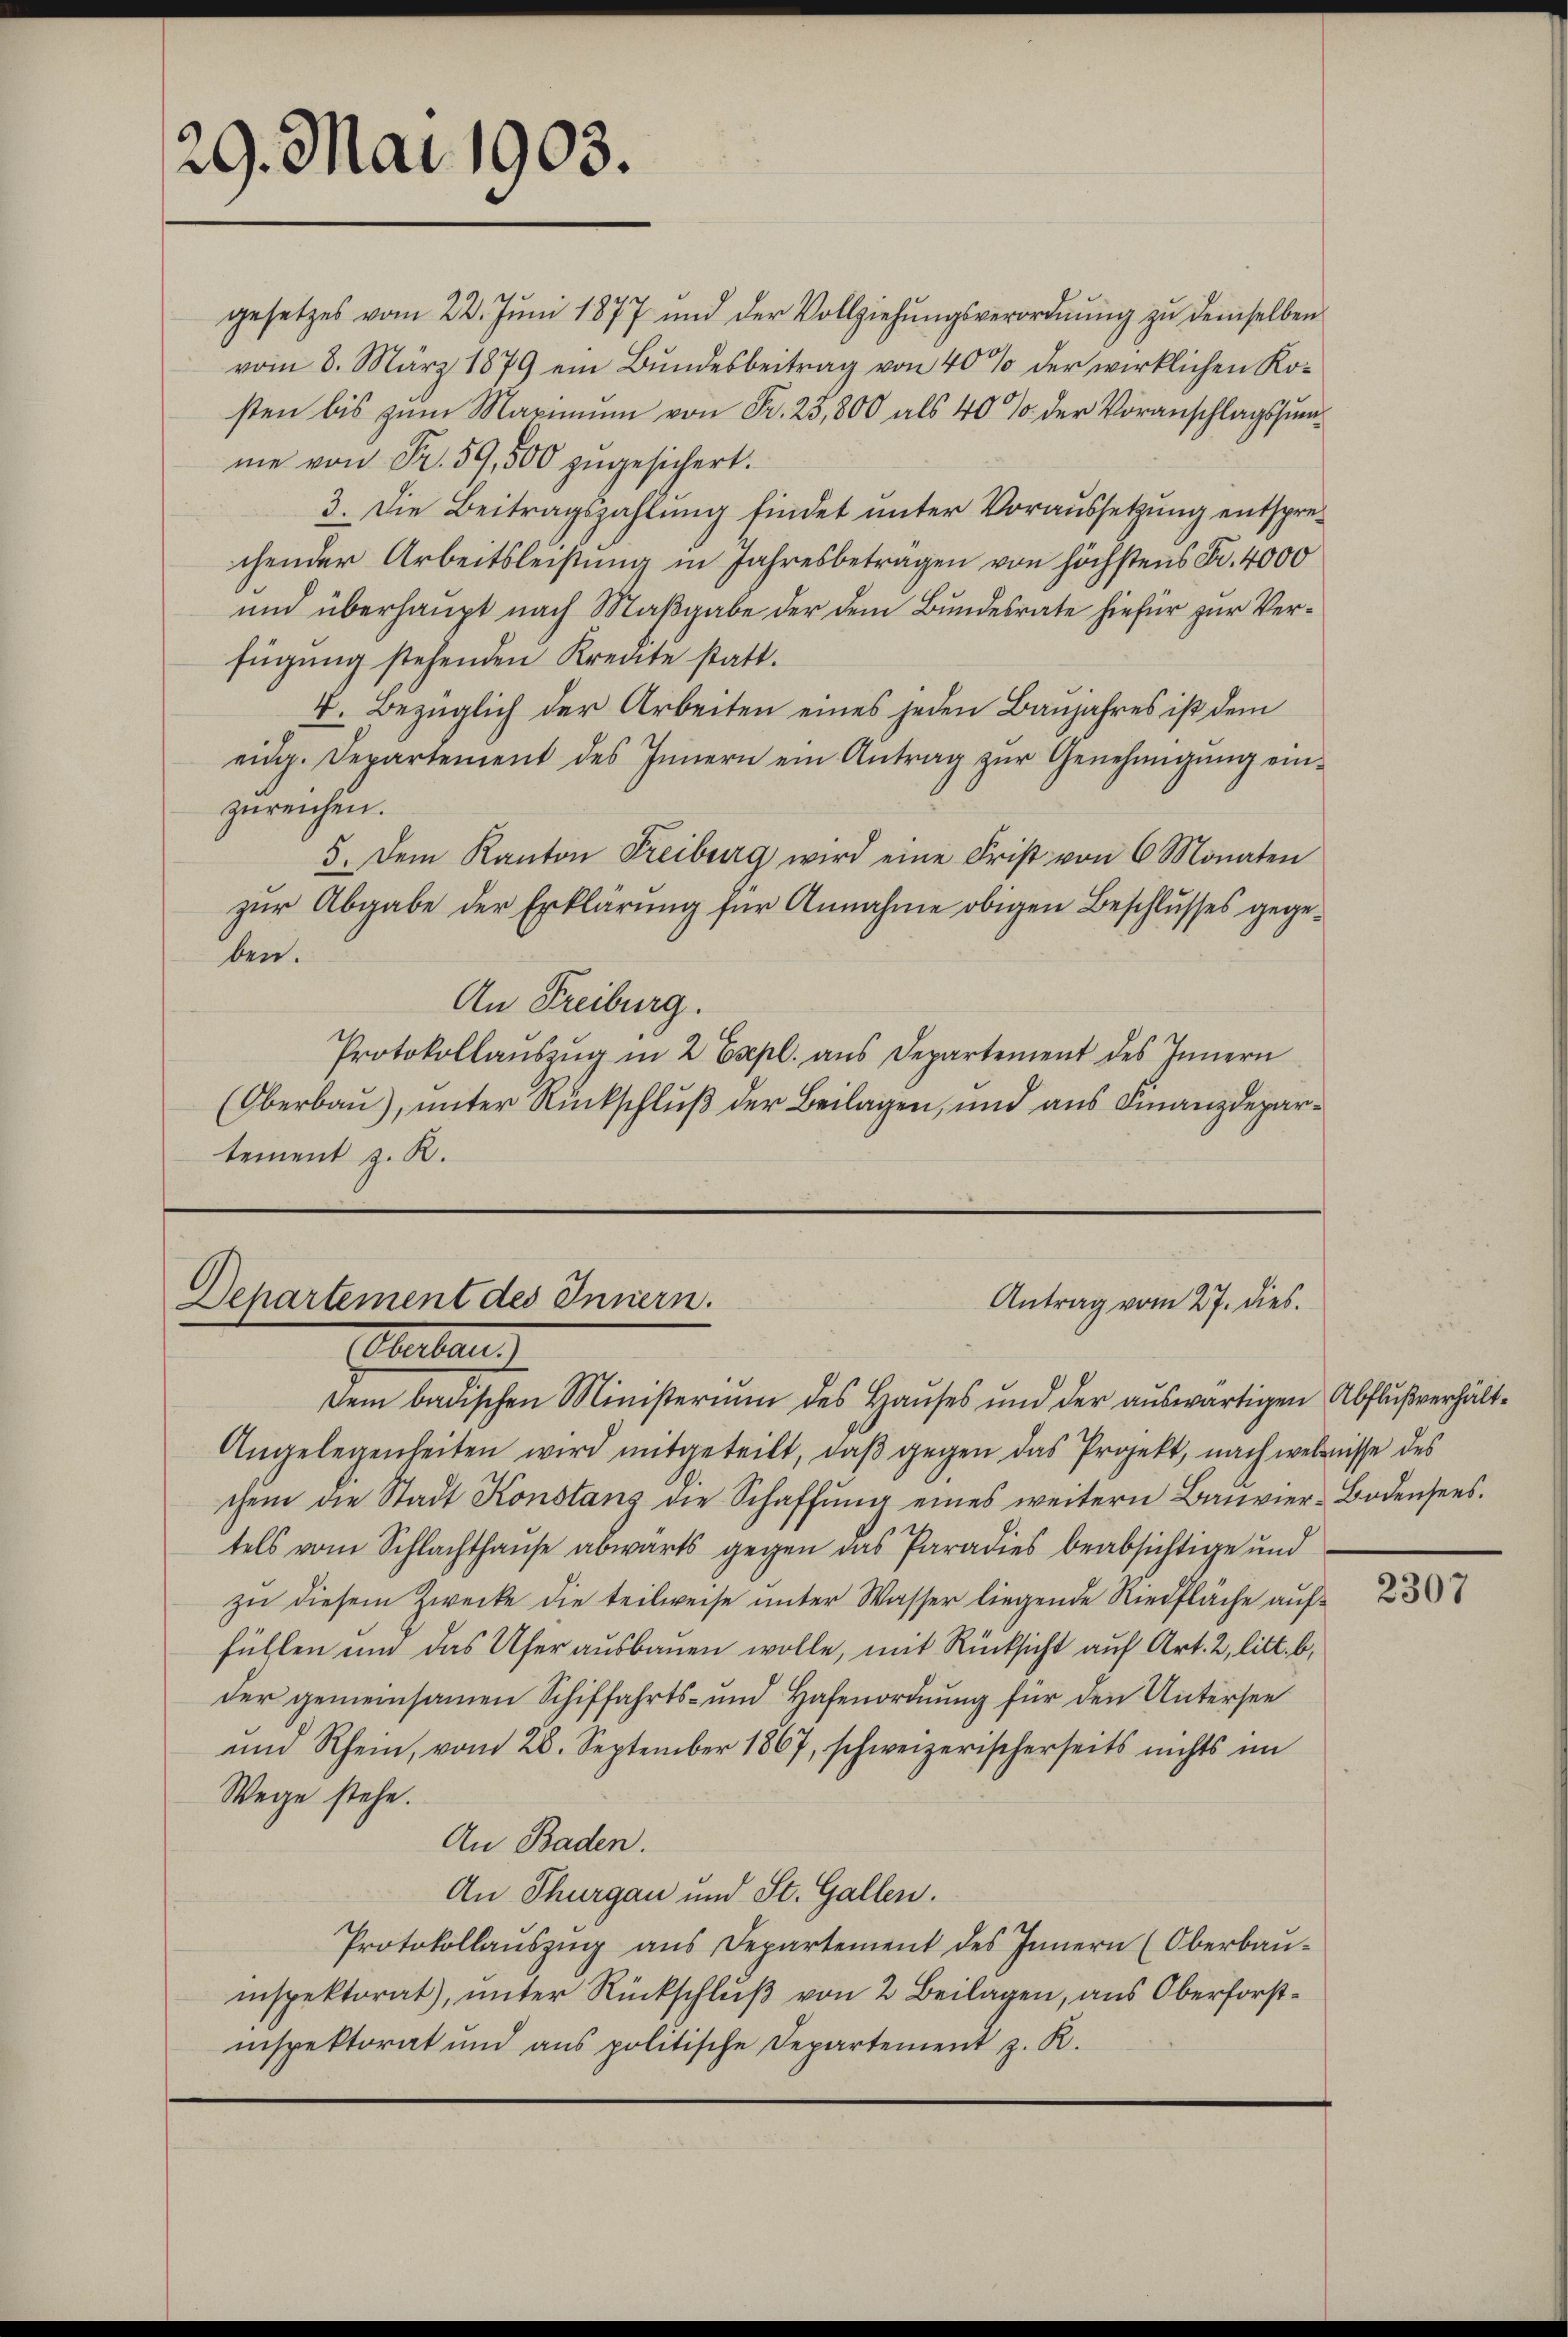
29. Mai 1903.

gesetzes vom 22. Jŭni 1877 und der Vollziehŭngsverordnŭng zŭ demselben
vom 8. März 1879 ein Bŭndesbeitrag von 40% der wirklichen Ko-
sten bis zum Maximum von Fr. 25,800 als 40% der Voranschlagssumme von Fr. 59,500 zugesichert.
3. Die Beitragszahlung findet unter Voraussetzung entsprechender Arbeitsleistung in Jahresbetragen von höchstens Fr. 4000
und überhaupt nach Maßgabe der dem Bundesrate hiefür zur Verfügung stehenden Kredite statt.
4. Bezüglich der Arbeiten eines jeden Baujahres ist dem
eidg. Departement des Innern ein Antrag zŭr Genehmigŭng einzureichen.
5. Dem Kanton Freiburg wird eine Frist von 6 Monaten
zur Abgabe der Erklärung für Annahme obigen Beschlusses gegeben.
An Freiburg.
Protokollaŭszŭg in 2 Expl. aus Departement des Innern
(Oberbau), unter Rückschluß der Beilagen, und aus Finanzdepartement z. R.

Departement des Innern.
Antrag vom 27. dies
Eheban

dem badischen Ministerium des Hauses und der auswärtigen Abflußverhält¬
Angelegenheiten wird mitgeteilt, daβ gegen das Projekt, nach weltnisse des
chem die Stadt Konstanz die Schaffŭng eines weitern Baŭvier-Bodensees.
tels vom Schlachthause abwärts gegen das Paradies beabsichtige und
zŭ diesem Zwecke die teilweise unter Wasser liegende Riedfläche auffühlen und das Ufer ausbauen wolle, mit Rücksicht auf Art. 2, litt. b,
der gemeinsamen Schiffahrts- und Hafenordnung für den Untersee
und Rhein, vom 28. September 1867, schweizerischerseits nichts im
Wege stehe.
An Baden.
An Thurgau und St. Gallen.
Protokollaŭszŭg aŭs Departement des Innern (Oberbaŭ-
inspektorat), unter Rückschluß von 2 Beilagen, aus Oberforstinspektorat und ans politische Departement z. R.

2307